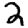
Digit: 2